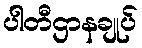
ပါတီဌာနချုပ်